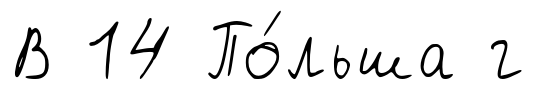
В 14 По́льша г